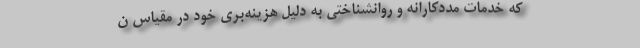
که خدمات مددکارانه و روانشناختی به دلیل هزینه‌بری خود در مقیاس‌ ن